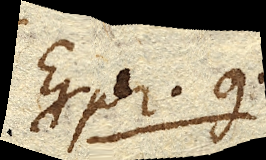
Exper. 9.